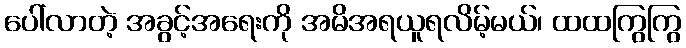
ပေါ်လာတဲ့ အခွင့်အရေးကို အမိအရယူရလိမ့်မယ်၊ ထထကြွကြွ